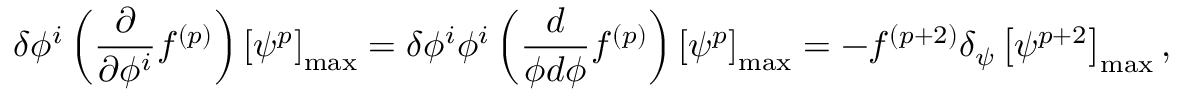
\delta \phi ^ { i } \left( \frac { \partial } { \partial \phi ^ { i } } f ^ { ( p ) } \right) \left[ \psi ^ { p } \right] _ { \mathrm { m a x } } = \delta \phi ^ { i } \phi ^ { i } \left( \frac { d } { \phi d \phi } f ^ { ( p ) } \right) \left[ \psi ^ { p } \right] _ { \mathrm { m a x } } = - f ^ { ( p + 2 ) } \delta _ { \psi } \left[ \psi ^ { p + 2 } \right] _ { \mathrm { m a x } } ,